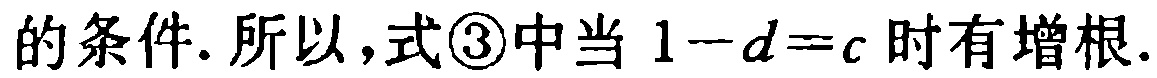
的条件. 所以，式\textcircled{3}中当 \(1 - d = c\) 时有增根.